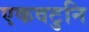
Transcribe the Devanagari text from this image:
एकवटुनि